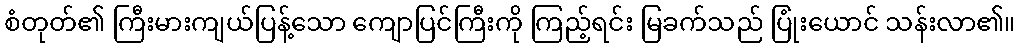
စံတုတ်၏ ကြီးမားကျယ်ပြန့်သော ကျောပြင်ကြီးကို ကြည့်ရင်း မြခက်သည် ပြုံးယောင် သန်းလာ၏။